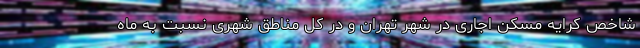
شاخص کرایه مسکن اجاری در شهر تهران و در کل مناطق شهری نسبت به ماه